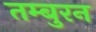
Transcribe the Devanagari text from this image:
तम्बुरन